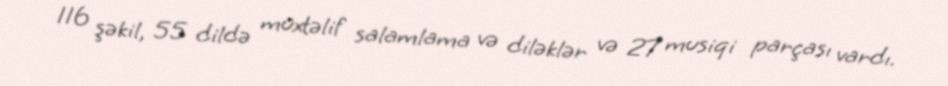
116 şəkil, 55 dildə müxtəlif salamlama və diləklər və 27 musiqi parçası vardı.